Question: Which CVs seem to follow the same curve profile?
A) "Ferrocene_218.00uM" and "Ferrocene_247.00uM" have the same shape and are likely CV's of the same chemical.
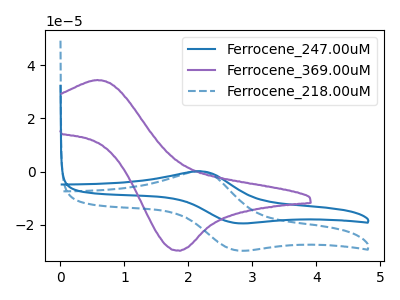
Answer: <think>The blue curve "Ferrocene_247.00uM" has an anodic peak at (2.20V, 0.05uA) and a cathodic peak at (2.75V, -19.45uA). The purple curve "Ferrocene_369.00uM" has an anodic peak at (0.60V, 34.50uA) and a cathodic peak at (1.85V, -29.90uA). The blue dashed curve "Ferrocene_218.00uM" has an anodic peak at (2.20V, 0.05uA) and a cathodic peak at (2.75V, -29.70uA).
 "Ferrocene_247.00uM" and "Ferrocene_369.00uM" have at least one peak that do not match. All the peaks in "Ferrocene_247.00uM" have a peak in "Ferrocene_218.00uM" at the same potential. Every peak in "Ferrocene_247.00uM" is lower than every peak in "Ferrocene_218.00uM". "Ferrocene_369.00uM" and "Ferrocene_218.00uM" have at least one peak that do not match.</think>
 <answer>A) "Ferrocene_218.00uM" and "Ferrocene_247.00uM" have the same shape and are likely CV's of the same chemical.</answer>
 <eval>A</eval>